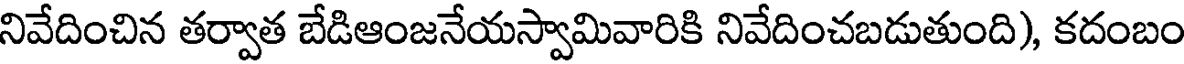
నివేదించిన తర్వాత బేడిఆంజనేయస్వామివారికి నివేదించబడుతుంది), కదంబం